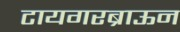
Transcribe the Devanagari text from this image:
टायगरब्राऊन